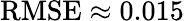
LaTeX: \operatorname{RMSE}\approx 0.015